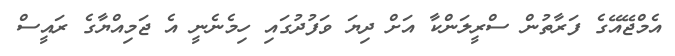
އެމްޖޭއޭގެ ފަރާތުން ސްރީލަންކާ އަށް ދިޔަ ވަފުދުގައި ހިމެނެނީ އެ ޖަމިއްޔާގެ ރައީސް